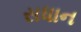
સધાન